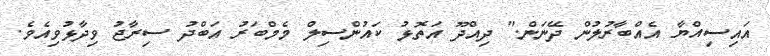
އައިސިއްޔާ އެއްބާރުލުން ދޭނަން." ދިއްދޫ އަތޮޅު ކަައުންސިލް މެމްބަރު އަބްދު ސިރާޖު ވިދާޅުވިއެވެ.